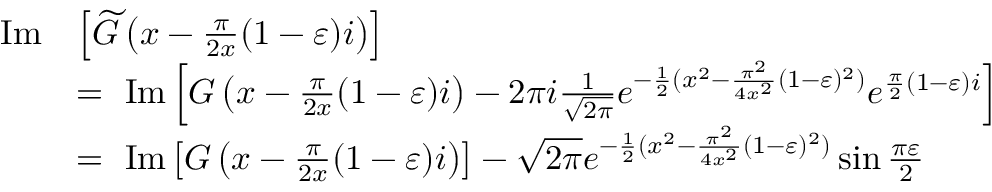
\begin{array} { r l } { \mathrm { \normalfont ~ I m } } & { \left[ \widetilde { G } \left( x - \frac { \pi } { 2 x } ( 1 - \varepsilon ) i \right) \right] } \\ & { = \mathrm { \normalfont ~ I m } \left[ G \left( x - \frac { \pi } { 2 x } ( 1 - \varepsilon ) i \right) - 2 \pi i \frac { 1 } { \sqrt { 2 \pi } } e ^ { - \frac { 1 } { 2 } ( x ^ { 2 } - \frac { \pi ^ { 2 } } { 4 x ^ { 2 } } ( 1 - \varepsilon ) ^ { 2 } ) } e ^ { \frac { \pi } { 2 } ( 1 - \varepsilon ) i } \right] } \\ & { = \mathrm { \normalfont ~ I m } \left[ G \left( x - \frac { \pi } { 2 x } ( 1 - \varepsilon ) i \right) \right] - \sqrt { 2 \pi } e ^ { - \frac { 1 } { 2 } ( x ^ { 2 } - \frac { \pi ^ { 2 } } { 4 x ^ { 2 } } ( 1 - \varepsilon ) ^ { 2 } ) } \sin \frac { \pi \varepsilon } { 2 } } \end{array}